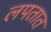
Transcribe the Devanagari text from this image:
लपतात